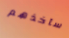
سآخذهم